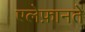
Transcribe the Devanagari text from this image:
एलेफ़ानते